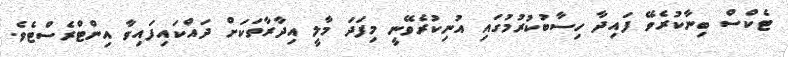
ޓެކްސް ބިނާކުރެވޭ ފައިދާ ހިސާބުކުރުމުގައި އުނިކުރެވޭނީ މިފަދަ މާލީ އިދާރާތަކަށް ދައްކައިފައިވާ އިންޓްރެސްޓެވެ.